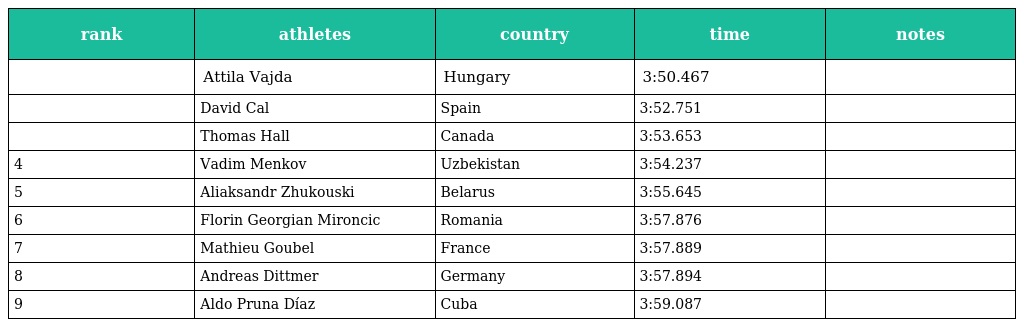
| rank | athletes | country | time | notes |
 | --- | --- | --- | --- | --- |
 |  | Attila Vajda | Hungary | 3:50.467 |  |
 |  | David Cal | Spain | 3:52.751 |  |
 |  | Thomas Hall | Canada | 3:53.653 |  |
 | 4 | Vadim Menkov | Uzbekistan | 3:54.237 |  |
 | 5 | Aliaksandr Zhukouski | Belarus | 3:55.645 |  |
 | 6 | Florin Georgian Mironcic | Romania | 3:57.876 |  |
 | 7 | Mathieu Goubel | France | 3:57.889 |  |
 | 8 | Andreas Dittmer | Germany | 3:57.894 |  |
 | 9 | Aldo Pruna Díaz | Cuba | 3:59.087 |  |